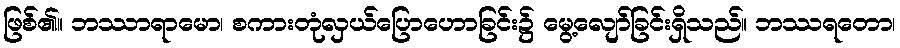
ဖြစ်၏။ ဘဿာရာမော၊ စကားတုံလှယ်ပြောဟောခြင်း၌ မွေ့လျော်ခြင်းရှိသည်။ ဘဿရတော၊